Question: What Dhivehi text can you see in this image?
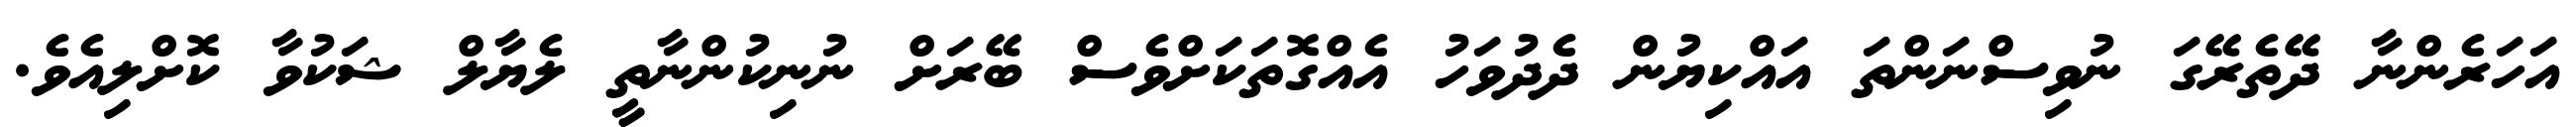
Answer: އަހަރެންނާ ދޭތެރޭގަ ނުވިސްނަންތަ އައްކިޔުން ދެދުވަހު އެއްގޮތަކަށްވެސް ބޭރަށް ނުނިކުންނާތީ ލެޔާލް ޝަކުވާ ކޮށްލިއެވެ.